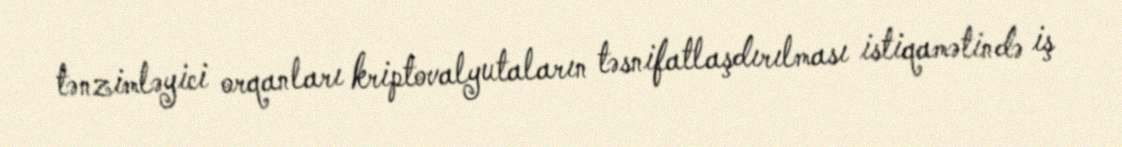
tənzimləyici orqanları kriptovalyutaların təsnifatlaşdırılması istiqamətində iş